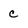
Character: c